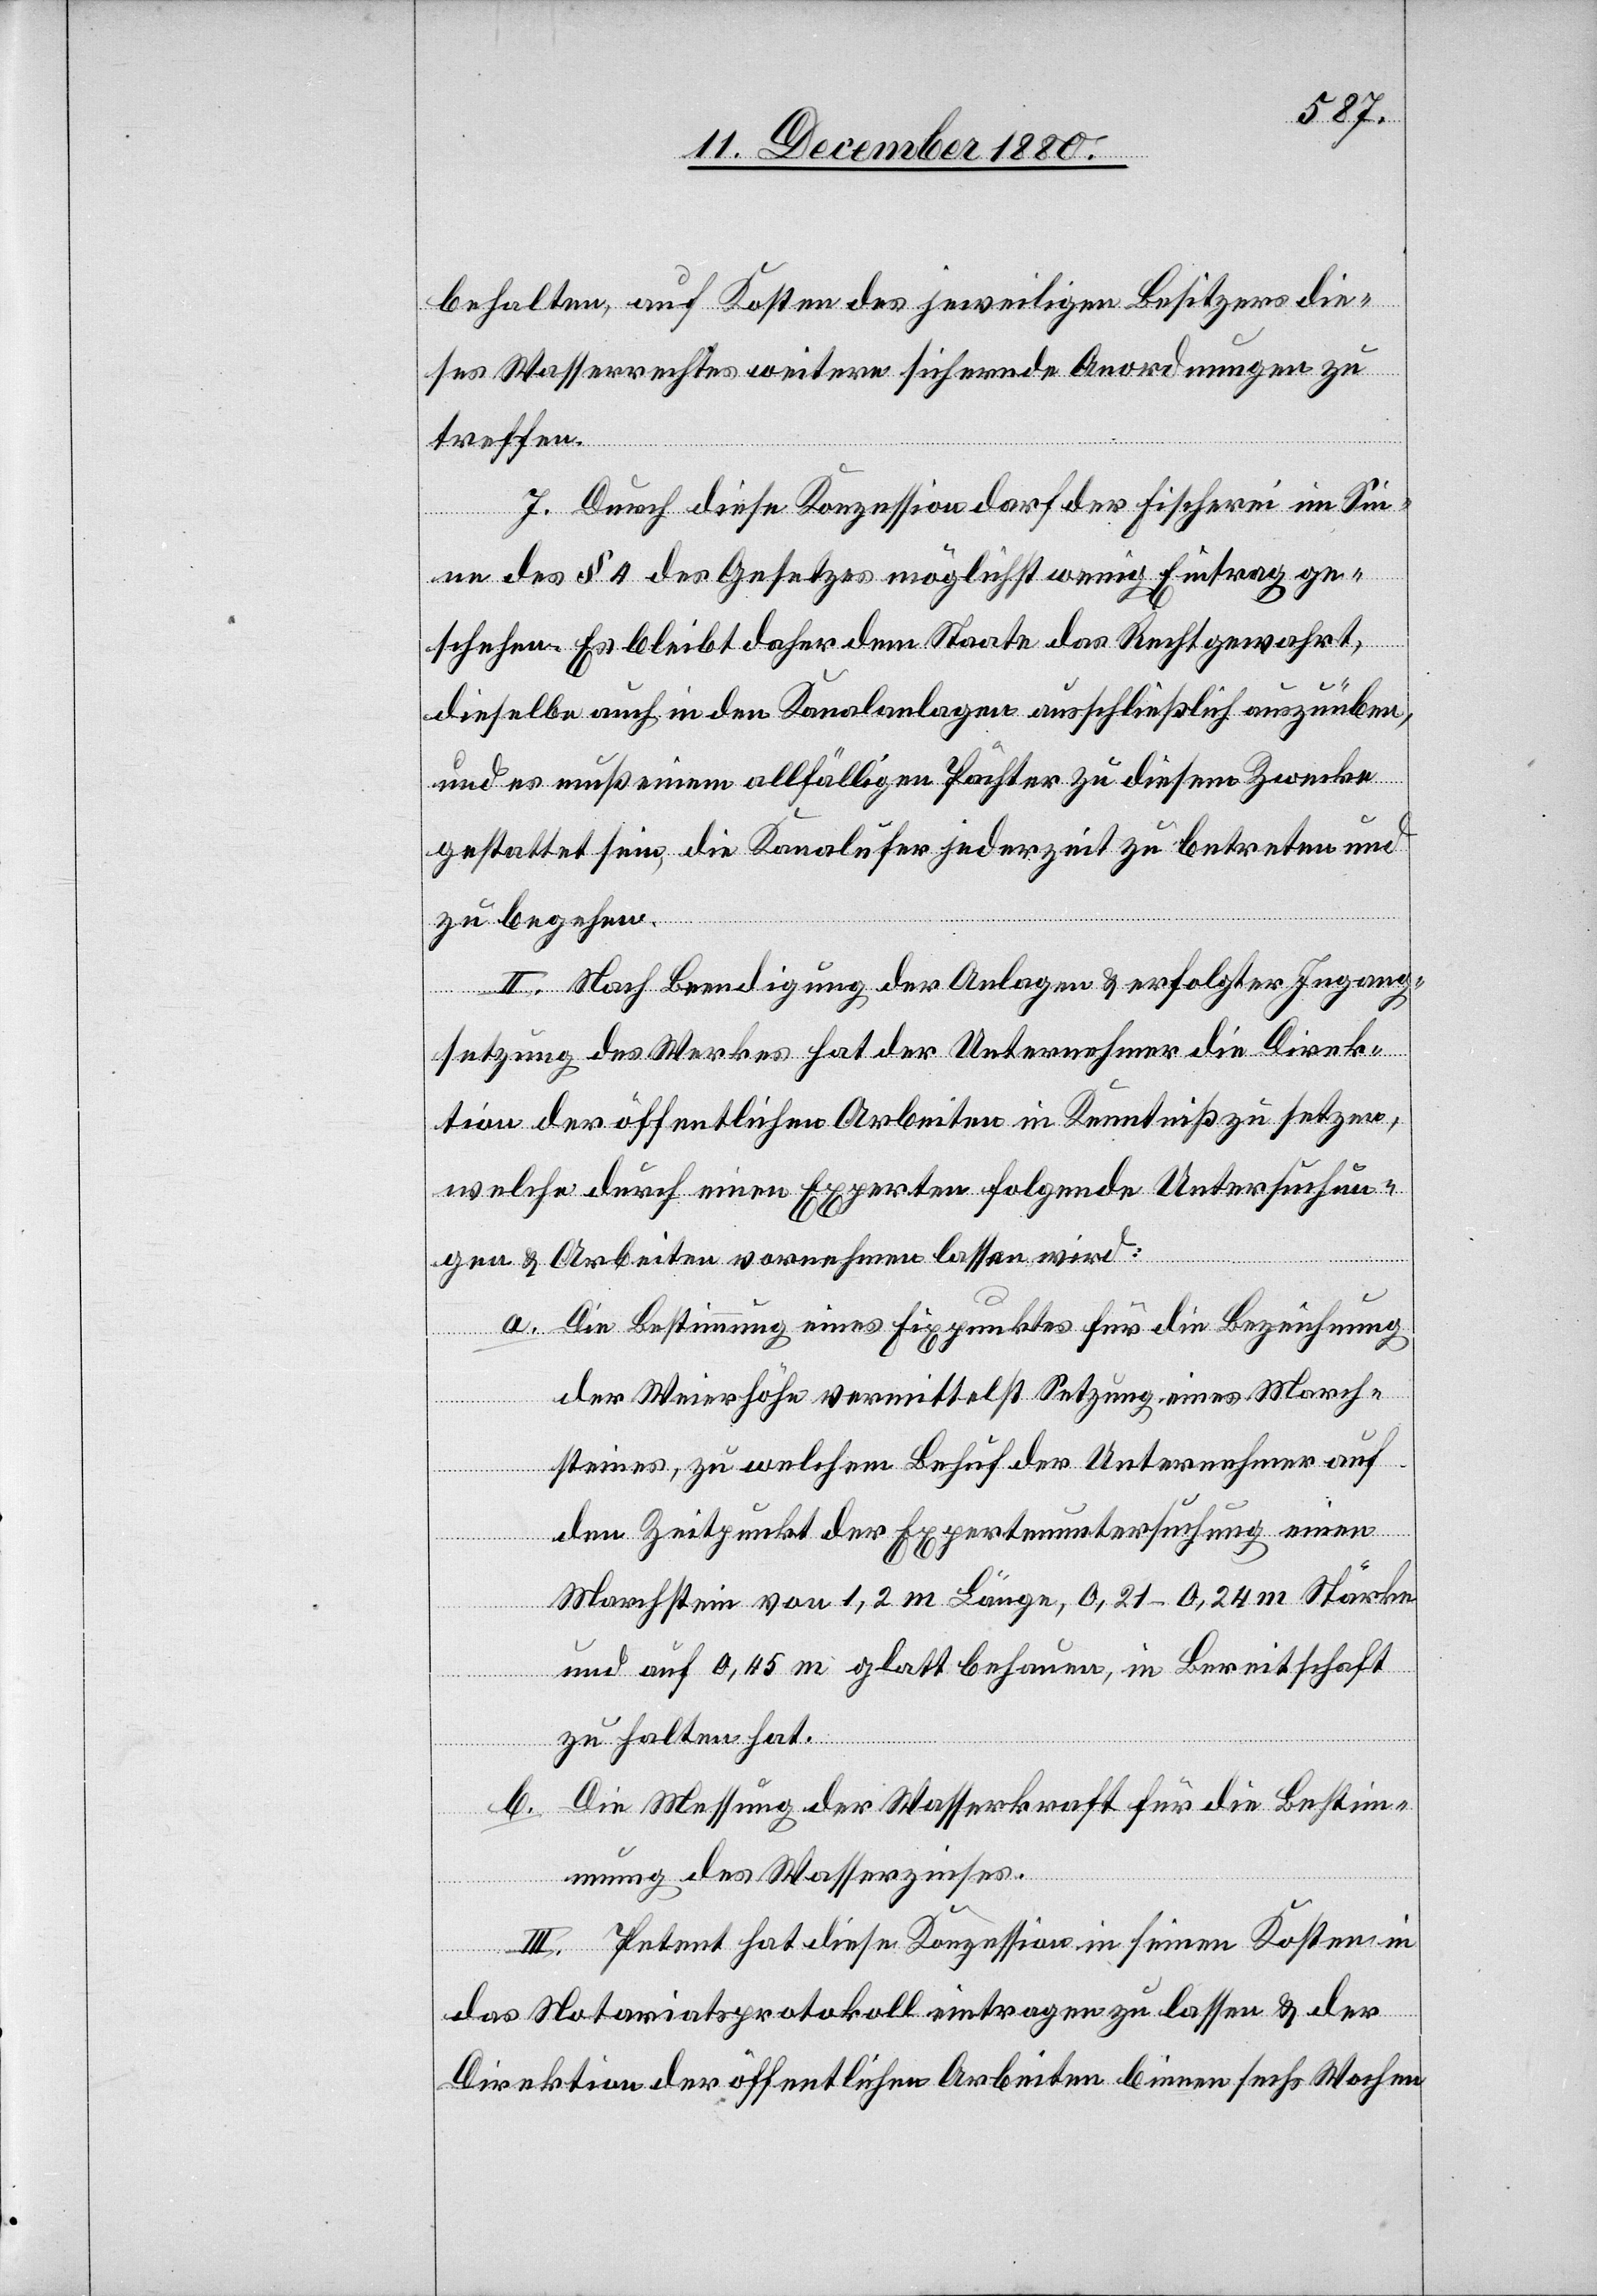
behalten, auf Kosten des jeweiligen Besitzers die¬
ses Wasserrechtes weitere sichernde Anordnungen zu
treffen.
7. Durch diese Konzession darf der Fischerei im Sin¬
ne des § 4 des Gesetzes möglichst wenig Eintrag ge¬
schehen. Es bleibt daher dem Staate das Recht gewahrt,
dieselbe auch in den Kanalanlagen ausschließlich auszuüben,
und es muß einem allfälligen Pächter zu diesem Zwecke
gestattet sein, die Kanalufer jederzeit zu betreten und
zu begehen.
II. Nach Beendigung der Anlagen & erfolgter Ingang¬
setzung des Werkes hat der Unternehmer die Direk¬
tion der öffentlichen Arbeiten in Kenntniß zu setzen,
welche durch einen Experten folgende Untersuchun¬
gen & Arbeiten vornehmen lassen wird:
a. Die Bestimmung eines Fixpunktes für die Bezeichnung
der Weierhöhe vermittelst Setzung eines March¬
steines, zu welchem Behuf der Unternehmer auf
den Zeitpunkt der Expertenuntersuchung einen
Marchstein von 1,2 m Länge, 0,21–0,24 m Stärke
und auf 0,45 m glatt behauen, in Bereitschaft
zu halten hat.
b. Die Messung der Wasserkraft für die Bestim¬
mung des Wasserzinses.
III. Petent hat diese Konzession in seinen Kosten in
das Notariatsprotokoll eintragen zu lassen & der
Direktion der öffentlichen Arbeiten binnen sechs Wochen